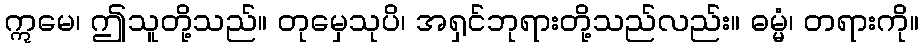
ဣမေ၊ ဤသူတို့သည်။ တုမှေသုပိ၊ အရှင်ဘုရားတို့သည်လည်း။ ဓမ္မံ၊ တရားကို။